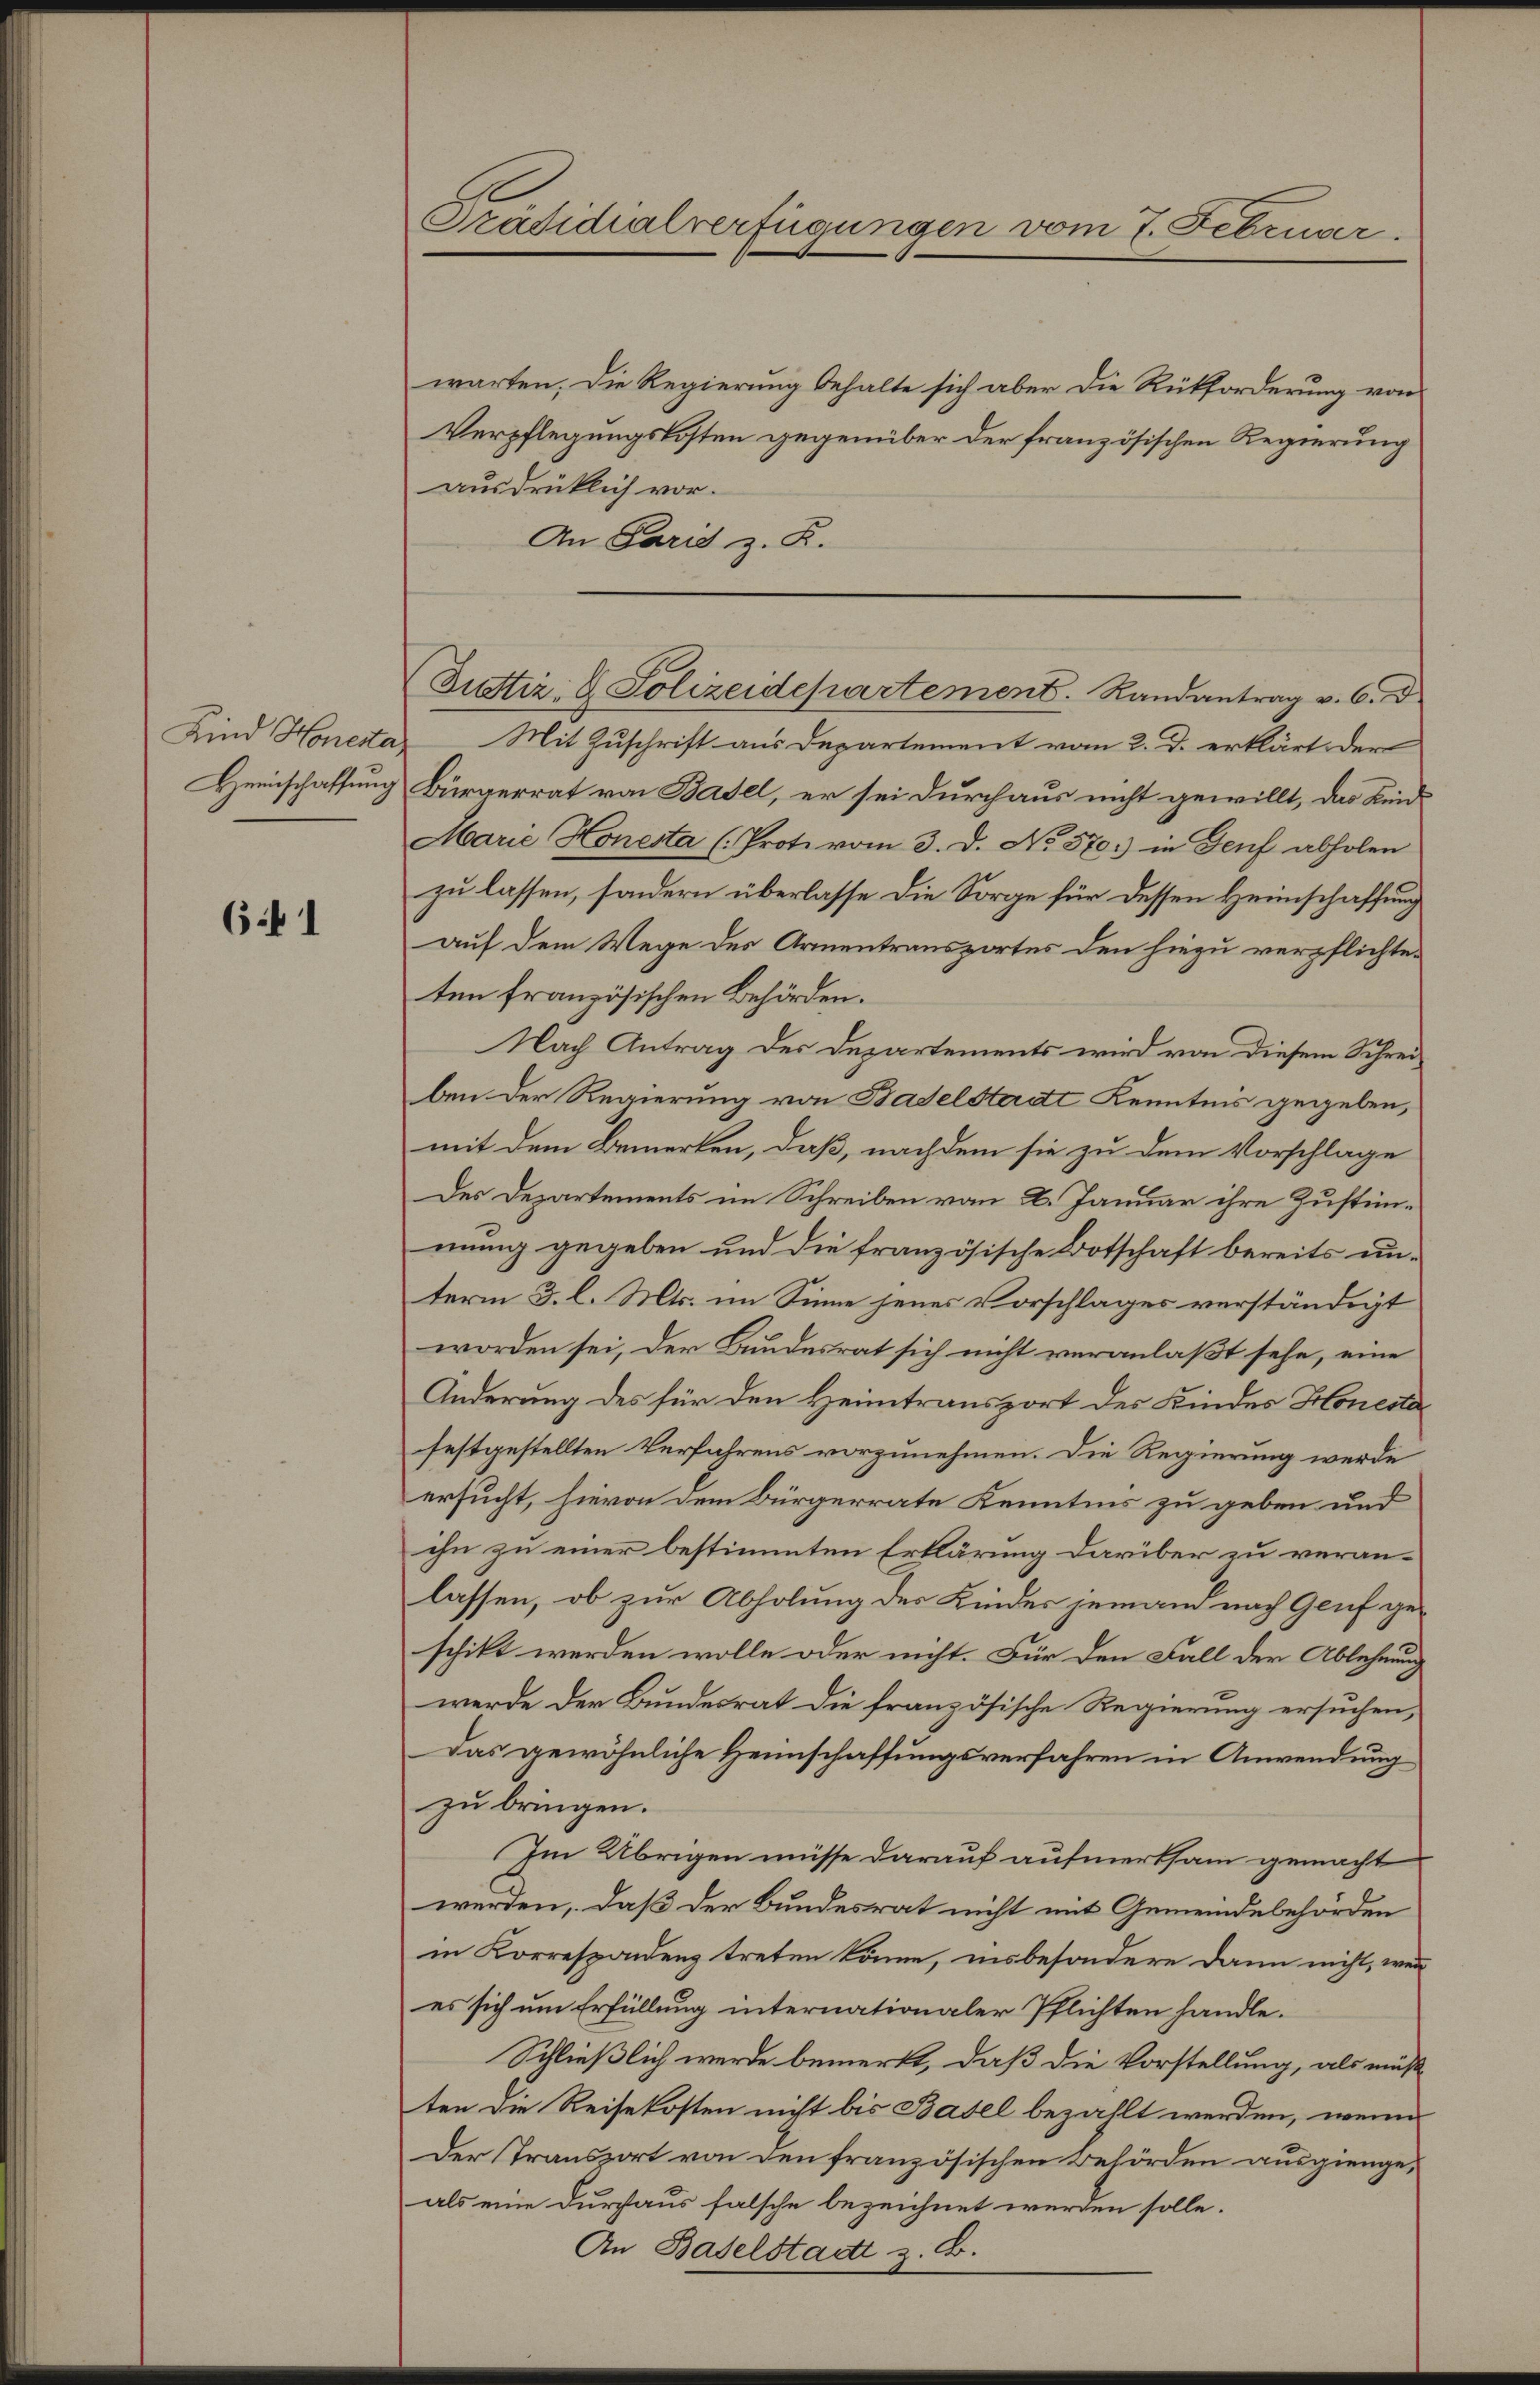
Heinschaffung

641

Präsidialverfügungen vom 7. Februar.

warten. Die Regierung behalte sich aber die Rückforderung von
Verpflegungskosten gegenüber der französischen Regierung
ausdrücklich vor.
An Paris z. R.

Kind Honeta) Mit Zuschrift aus Departement vom 2. d. erklärt, der
Bürgerrat von Basel, er sei durchaus nicht gewillt, das Kind-
Marie Honesta (Prote vom 3. d. No 570. in Genf abholen
zu lassen, sondern überlasse die Sorge für dessen Heimschaffung
auf dem Wege des Armentransportes den hiezu verpflichteten französischen Behörden.
Nach Antrag des Departements wird von diesem Schreiben der Regierung von Baselstadt Kenntnis gegeben,
mit dem Bemerken, daß, nachdem sie zu dem Vorschlage
Des Departements im Schreiben vom 2. Januar ihre Zustimmung gegeben und die französische Botschaft bereits unterm 3. l. Mts. im Sinne jenes Vorschlages verständigt
worden sei, der Bundesrat sich nicht veranlaßt sehe, eine
Änderung des für den Heimtransport des Kindes Honesta
festgestellten Verfahrens vorzunehmen. Die Regierung werde
ersucht, hievon dem Bürgerrate Kenntnis zu geben und
ihn zu einer bestimmten Erklärung darüber zu veranlassen, ob zur Abholung des Kindes jemand nach Genf geschikt werden wolle oder nicht. Für den Fall der Ablehnung
werde der Bundesrat die französische Regierung ersuchen,
Das gewöhnliche Heimschaffungsverfahren in Anwendung
zu bringen.
Im Übrigen müsse darauf aufmerksam gemacht
werden, daß der Bundesrat nicht mit Gemeindebehörden
in Korrespondenz treten könne, insbesondere dann nicht, wenn
es sich um Erfüllung internationaler Pflichten handle.
Schließlich wurde bemerkt, daß die Vorstellung, als muß
ten die Reisekosten nicht bis Basel bezahlt werden, wenn
Der Transport von den französischen Behörden ausgiengeals eine durchaus falsche bezeichnet werden solle.
An Baselstadt z. B.

Justiz- & Polizeidepartement. Randantrag v. 6. d.